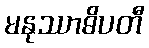
မနုဿာဓိပတီ